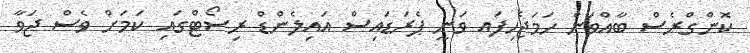
ކޮންގްރެސް ބާއްވަން ހަމަޖެހިފައ ވަނީ ޕެރަޑައިސް އައިލެންޑް ރިސޯޓްގައި ކަމަށް ވެސް ޖަވާ